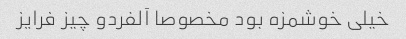
خیلی خوشمزه بود مخصوصا آلفردو چیز فرایز